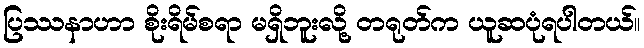
ပြဿနာဟာ စိုးရိမ်စရာ မရှိဘူးလို့ တရုတ်က ယူဆပုံရပါတယ်။